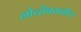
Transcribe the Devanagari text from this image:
नोव्हेंबरातील